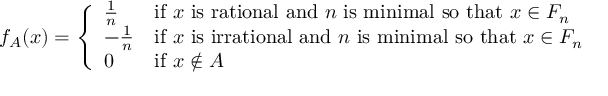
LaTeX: f _ { A } ( x ) = { \left\{ \begin{array} { l l } { { \frac { 1 } { n } } } & { { \mathrm { i f ~ } } x { \mathrm { ~ i s ~ r a t i o n a l ~ a n d ~ } } n { \mathrm { ~ i s ~ m i n i m a l ~ s o ~ t h a t ~ } } x \in F _ { n } } \\ { - { \frac { 1 } { n } } } & { { \mathrm { i f ~ } } x { \mathrm { ~ i s ~ i r r a t i o n a l ~ a n d ~ } } n { \mathrm { ~ i s ~ m i n i m a l ~ s o ~ t h a t ~ } } x \in F _ { n } } \\ { 0 } & { { \mathrm { i f ~ } } x \notin A } \end{array} \right. }